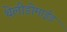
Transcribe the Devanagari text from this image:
थेलीडोमाईड